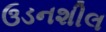
ઉડનશીલ